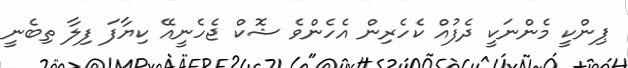
ޕިންކީ މެންނަކީ ދެފުއް ކެހެރިން އެހެންވެ ޝޮކް ޖެހެނީއޭ ކިޔާފަ ފިލާ ތިބެނީ